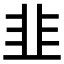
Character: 韭